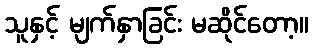
သူနှင့် မျက်နှာခြင်း မဆိုင်တော့။